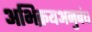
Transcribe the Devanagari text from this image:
अभिक्रयअनुबंध